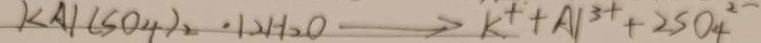
K A l ( S O _ { 4 } ) _ { 2 } \cdot 1 2 H _ { 2 } O \rightarrow k ^ { + } + A l ^ { 3 + } + 2 S O _ { 4 } ^ { 2 - }